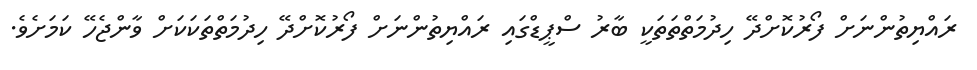
ރައްޔިތުންނަށް ފޯރުކޮށްދޭ ހިދުމަތްތަތަކީ ބާރު ސްޕީޑްގައި ރައްޔިތުންނަށް ފޯރުކޮށްދޭ ހިދުމަތްތަކަކަށް ވާންޖެހޭ ކަމަށެވެ.